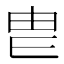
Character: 𤰣